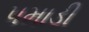
પમાડી